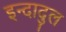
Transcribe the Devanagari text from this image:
इन्दादुल